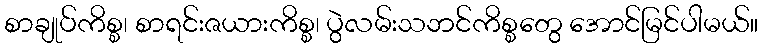
စာချုပ်ကိစ္စ၊ စာရင်းဇယားကိစ္စ၊ ပွဲလမ်းသဘင်ကိစ္စတွေ အောင်မြင်ပါမယ်။